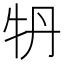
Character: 𤘪